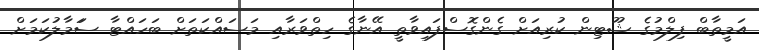
އަމީތާބް ފިލްމުގެ ޝޫޓިން ކުރިއަށް ގެންގޮސްފައިވާތީ އޭނާގެ ހިތްވަރާއި މަސައްކަތަށް ބަހައްޓާ ސަަމާލުކަމަށް